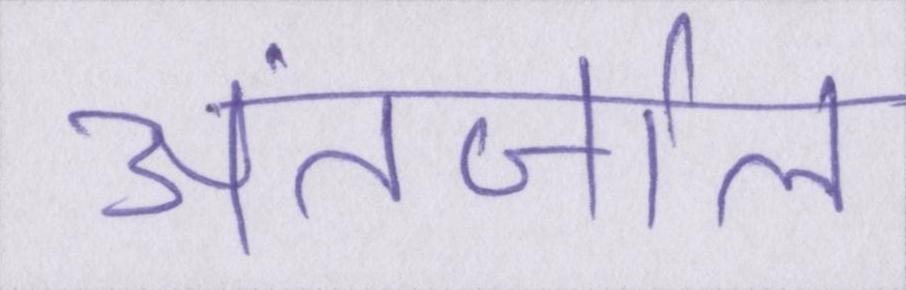
अंतर्जाल